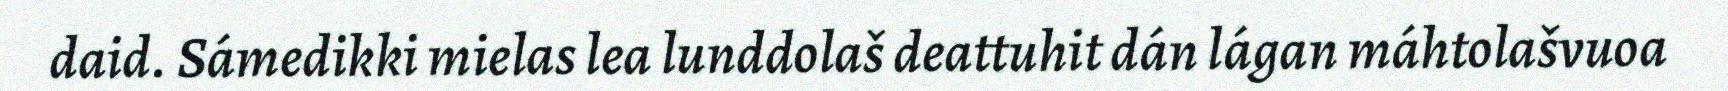
daid. Sámedikki mielas lea lunddolaš deattuhit dán lágan máhtolašvuoa